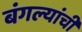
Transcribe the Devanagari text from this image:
बंगल्यांची